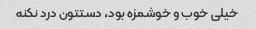
خیلی خوب و خوشمزه بود، دستتون درد نکنه